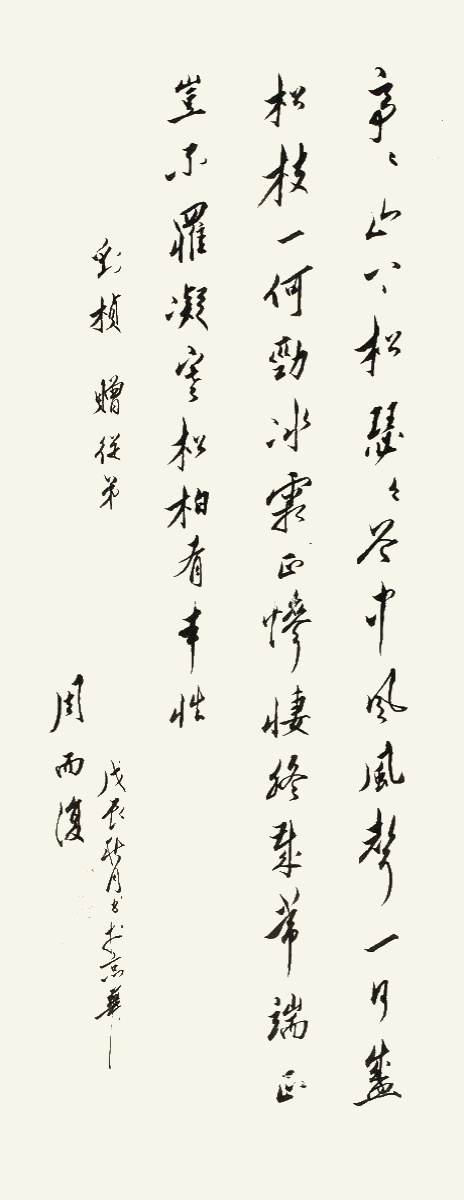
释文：亭亭山上松，瑟瑟谷中风。风声一何盛，松枝一何劲。冰霜正惨凄，终岁常端正。岂不罹凝寒，松柏有本性。刘桢赠从弟，戊辰秋月书于京华，周而复。